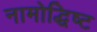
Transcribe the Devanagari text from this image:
नामोद्धिष्ट